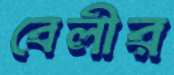
বেলীর